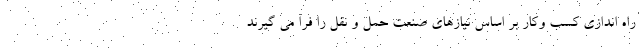
راه‌ اندازی کسب‌ وکار بر اساس نیازهای صنعت حمل و نقل را فرا می گیرند